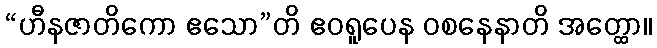
“ဟီနဇာတိကော ဧသော”တိ ဧဝရူပေန ဝစနေနာတိ အတ္ထော။